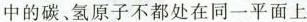
中的碳、氢原子不都处在同一平面上